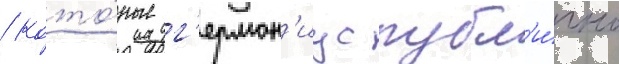
/ кото́рые г'ермон'иус публ'и́чно